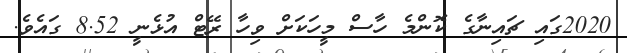
2020ގައި ޗައިނާގެ ކޮންމެ ހާސް މީހަކަށް ވިހާ ރޭޓް އުޅެނީ 8.52 ގައެވެ.